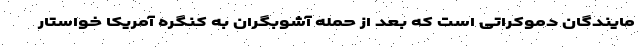
مایندگان دموکراتی است که بعد از حمله آشوبگران به کنگره آمریکا خواستار